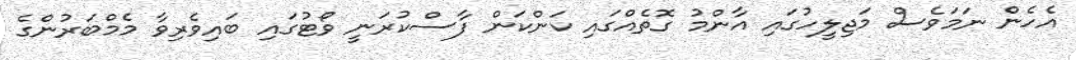
އެހެން ނަމަވެސް މަޖިލީހުގައި އާންމު ގޮތެއްގައި ކަންކަން ފާސްކުރަނީ ވޯޓުގައި ބައިވެރިވާ މެމްބަރުންގެ